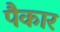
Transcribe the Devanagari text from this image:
पैकार